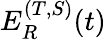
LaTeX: E_{R}^{(T,S)}(t)